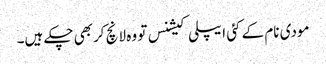
مودی نام کے کئی ایپلی کیشنس تو وہ لانچ کربھی چکے ہیں۔